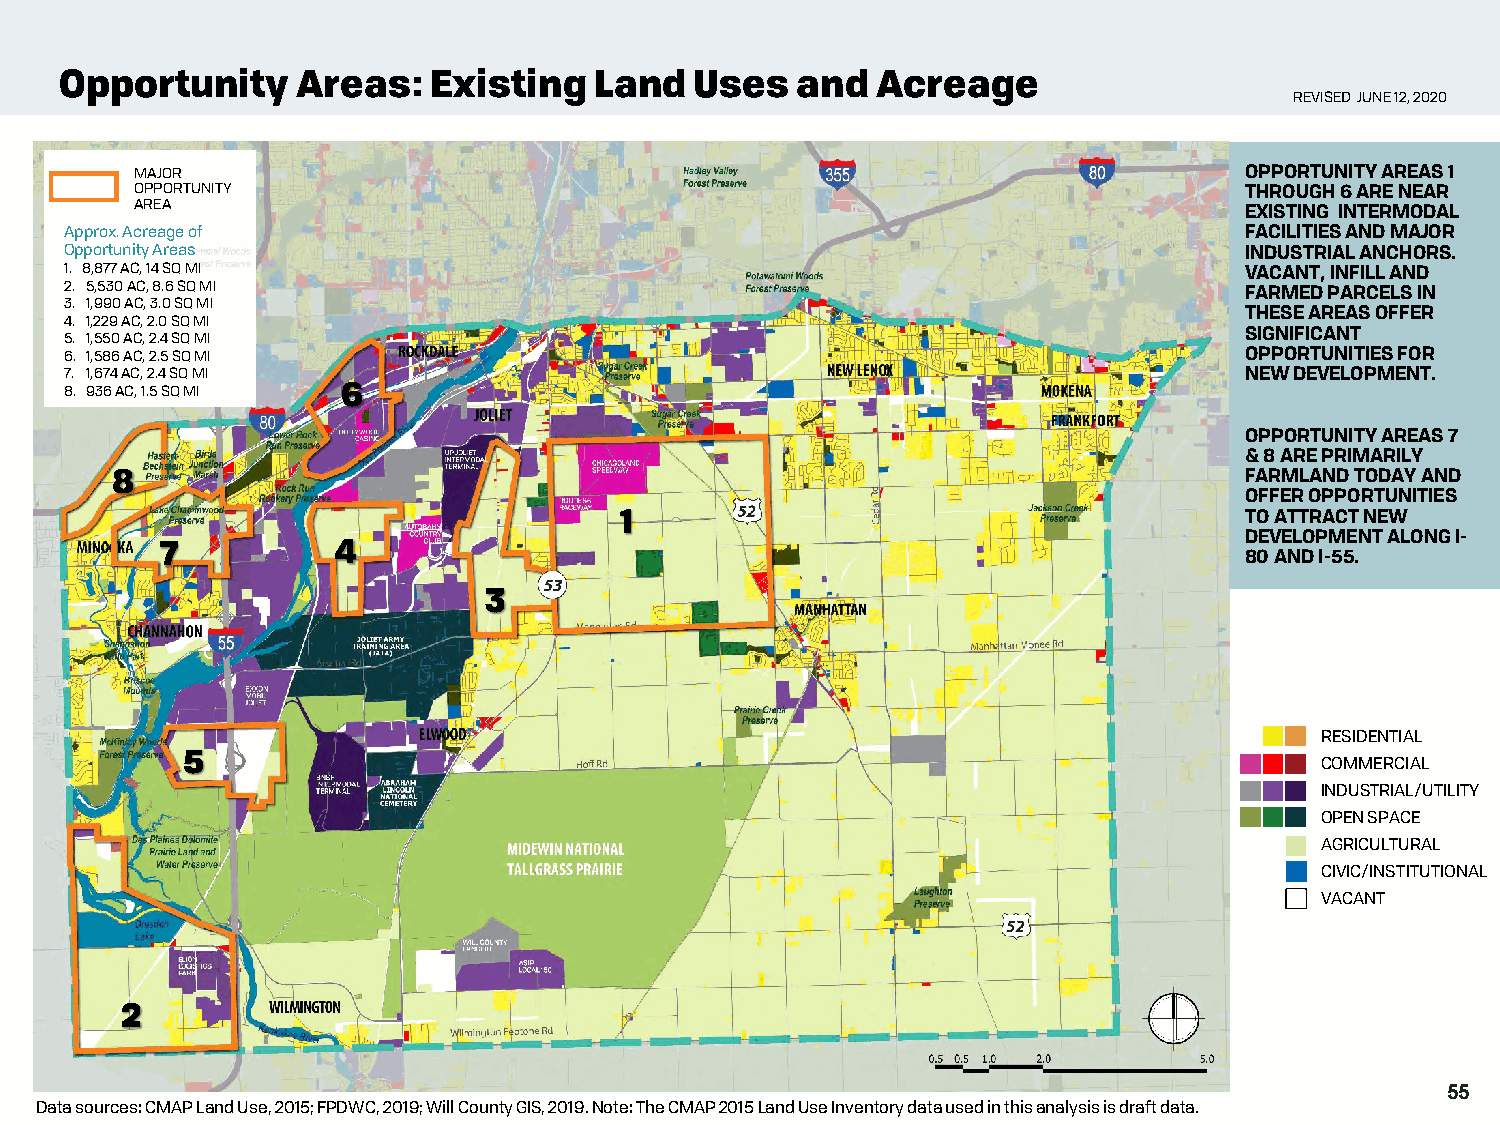
Opportunity     Areas:   Existing  Land   Uses   and  Acreage
 REVISED JUNE 12, 2020
 MAJOR                                                                    OPPORTUNITY AREAS 1
 OPPORTUNITY                                                              THROUGH 6 ARE NEAR
 AREA
 EXISTING INTERMODAL
 Approx. Acreage of                                                            FACILITIES AND MAJOR
 Opportunity Areas                                                             INDUSTRIAL ANCHORS.
 1. 8,877 AC, 14 SQ MI                                                         VACANT, INFILL AND
 2. 5,530 AC, 8.6 SQ MI                                                        FARMED PARCELS IN
 3. 1,990 AC, 3.0 SQ MI
 THESE AREAS OFFER
 4. 1,229 AC, 2.0 SQ MI
 5. 1,550 AC, 2.4 SQ MI                                                        SIGNIFICANT
 6. 1,586 AC, 2.5 SQ MI                                                        OPPORTUNITIES FOR
 7. 1,674 AC, 2.4 SQ MI                                                        NEW DEVELOPMENT.
 8. 936 AC, 1.5 SQ MI 6
 OPPORTUNITY AREAS 7
 & 8 ARE PRIMARILY
 8                                                                          FARMLAND TODAY AND
 OFFER OPPORTUNITIES
 1                                        TO ATTRACT NEW
 DEVELOPMENT ALONG I-
 7          4
 80 AND I-55.
 3
 RESIDENTIAL
 5                                                                          COMMERCIAL
 INDUSTRIAL/UTILITY
 OPEN SPACE
 AGRICULTURAL
 CIVIC/INSTITUTIONAL
 VACANT
 2
 55
 Data sources: CMAP Land Use, 2015; FPDWC, 2019; Will County GIS, 2019.Note: The CMAP 2015 Land Use Inventory data used in this analysis is draft data.